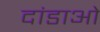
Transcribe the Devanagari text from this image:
दांडाओ